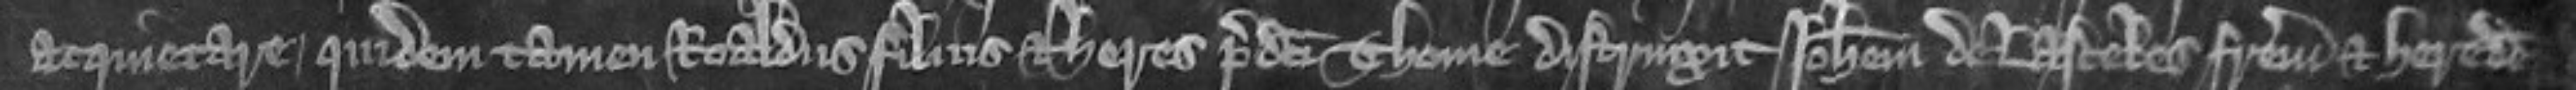
acquietare quidem tamen Ronaldus filius et heres predicti Thome distrinxit Johannem de Lasceles fratrem et heredem